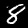
Digit: 8